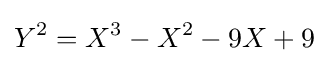
Y^{2}=X^{3}-X^{2}-9X+9